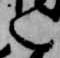
言